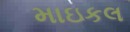
માઇકલ